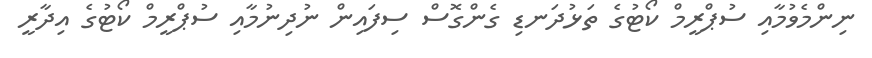
ނިންމެވުމާއި ސުޕްރީމް ކޯޓުގެ ތަޅުދަނޑި ގެންގޮސް ސިފައިން ނުދިނުމާއި ސުޕްރީމް ކޯޓުގެ އިދާރީ